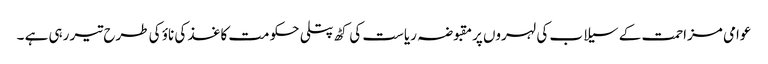
عوامی مزاحمت کے سیلاب کی لہروں پرمقبوضہ ریاست کی کٹھ پتلی حکومت کاغذ کی ناؤ کی طرح تیر رہی ہے ۔